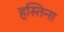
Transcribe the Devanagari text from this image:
हस्तिना